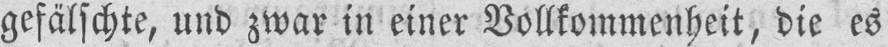
gefälschte, und zwar in einer Vollkommenheit, die es